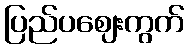
ပြည်ပဈေးကွက်